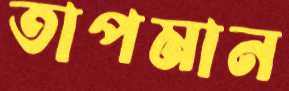
তাপমান